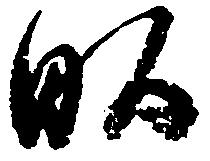
畝